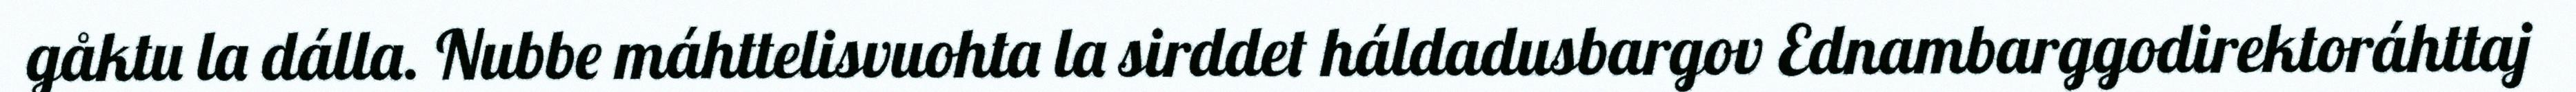
gåktu la dálla. Nubbe máhttelisvuohta la sirddet háldadusbargov Ednambarggodirektoráhttaj